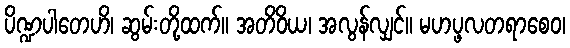
ပိဏ္ဍပါတေဟိ၊ ဆွမ်းတို့ထက်။ အတိဝိယ၊ အလွန်လျှင်။ မဟပ္ဖလတရာစေဝ၊